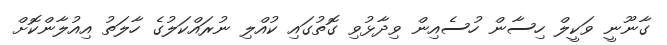
ގާނޫނީ ވަކީލް ހިސާން ހުސެއިން ވިދާޅުވި ގޮތުގައި ކުއްލި ނުރައްކަލުގެ ހާލަތު އިއުލާންކޮށް